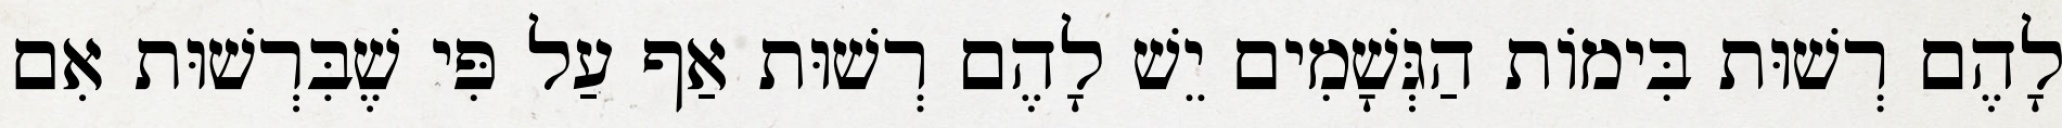
לָהֶם רְשׁוּת בִּימוֹת הַגְּשָׁמִים יֵשׁ לָהֶם רְשׁוּת אַף עַל פִּי שֶׁבִּרְשׁוּת אִם